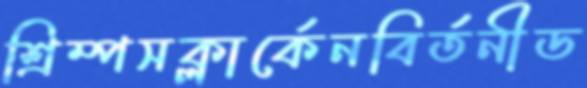
শ্রিম্পসক্লার্কেনবির্তনীড